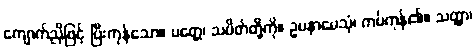
ကျောက်ညိုဖြင့် ပြီးကုန်သော။ ပတ္တေ၊ သပိတ်တို့ကို။ ဥပနာမေသုံ၊ ကပ်ကုန်၏။ သတ္ထာ၊